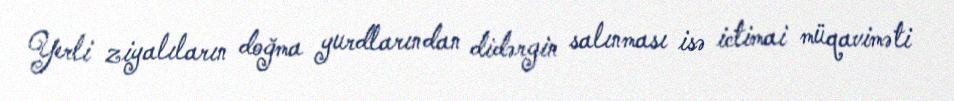
Yerli ziyalıların doğma yurdlarından didərgin salınması isə ictimai müqaviməti